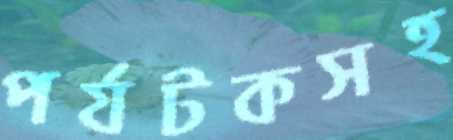
পর্যটকসহ